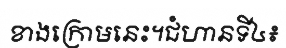
ខាងក្រោមនេះ។ជំហានទី៤៖